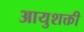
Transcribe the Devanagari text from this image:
आयुशक्ती